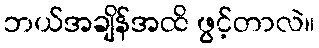
ဘယ်အချိန်အထိ ဖွင့်တာလဲ။